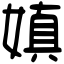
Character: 嫃